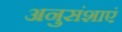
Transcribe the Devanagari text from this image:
अनुसंशाएं